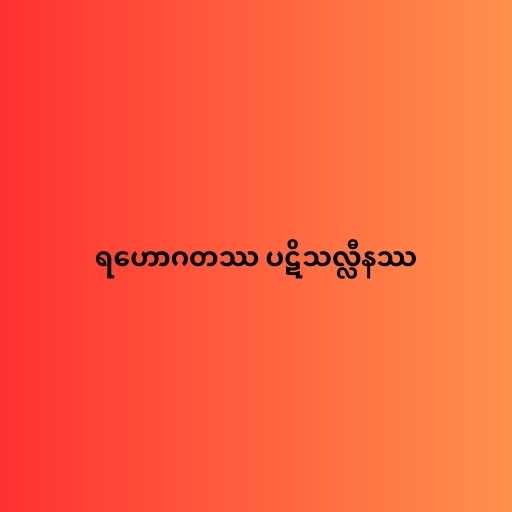
ရဟောဂတဿ ပဋိသလ္လီနဿ